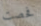
فحصت